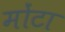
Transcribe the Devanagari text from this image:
मोंटा